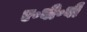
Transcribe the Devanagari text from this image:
ए॰बी॰बी